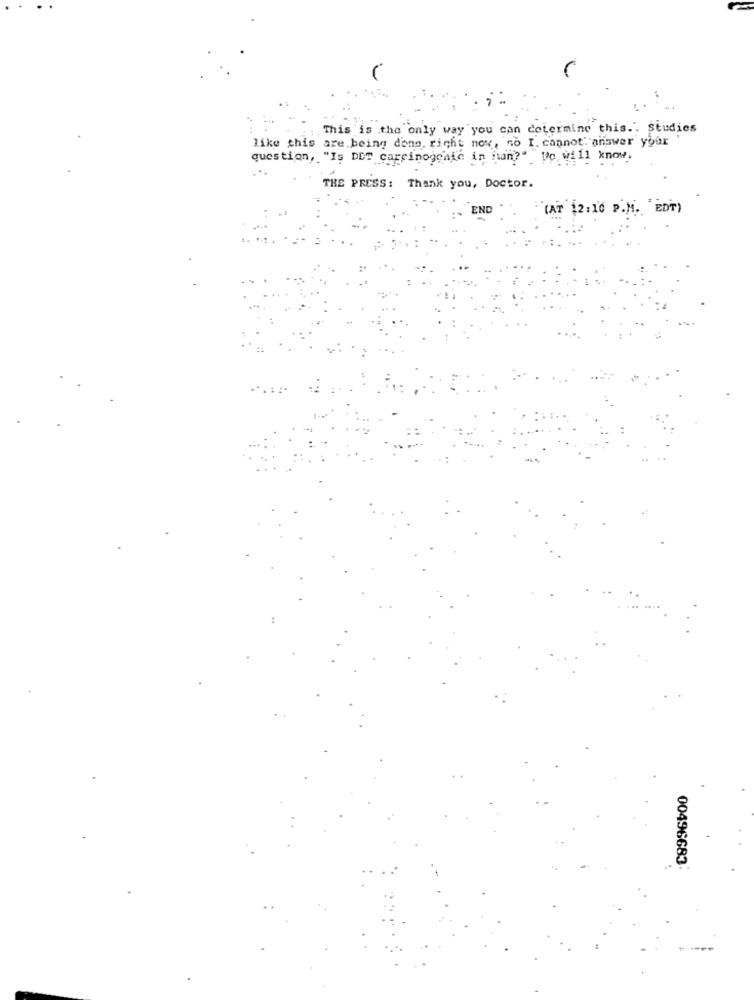
This is the only way you can determine this .. Studies
like this are being dong, right now, so I. cannot" answer your
question, "Is DET carcinogenic in nan?" Ue, will know.
THE PRESS: Thank you, Doctor.
END
(AT 12:10 P.M. "EDT)
00496683